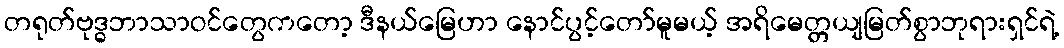
တရုတ်ဗုဒ္ဓဘာသာဝင်တွေကတော့ ဒီနယ်မြေဟာ နောင်ပွင့်တော်မူမယ့် အရိမေတ္တယျမြတ်စွာဘုရားရှင်ရဲ့